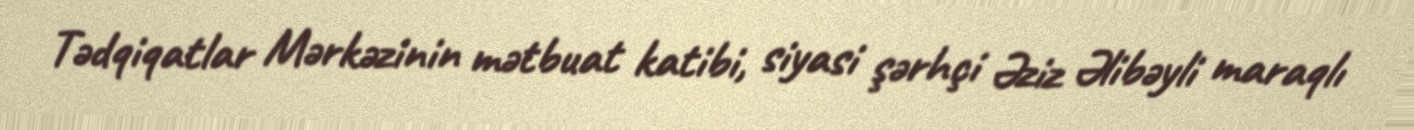
Tədqiqatlar Mərkəzinin mətbuat katibi, siyasi şərhçi Əziz Əlibəyli maraqlı